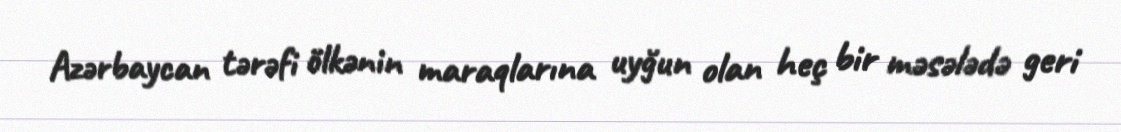
Azərbaycan tərəfi ölkənin maraqlarına uyğun olan heç bir məsələdə geri